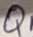
Text: Q